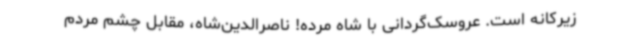
زیرکانه است. عروسک‌گردانی با شاه مرده! ناصرالدین‌شاه، مقابل چشم مردم